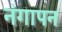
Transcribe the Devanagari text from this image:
नंगापन